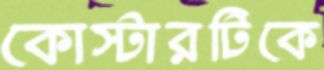
কোস্টারটিকে